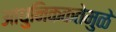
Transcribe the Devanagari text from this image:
आधुनिककतेमुळे